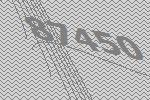
87450